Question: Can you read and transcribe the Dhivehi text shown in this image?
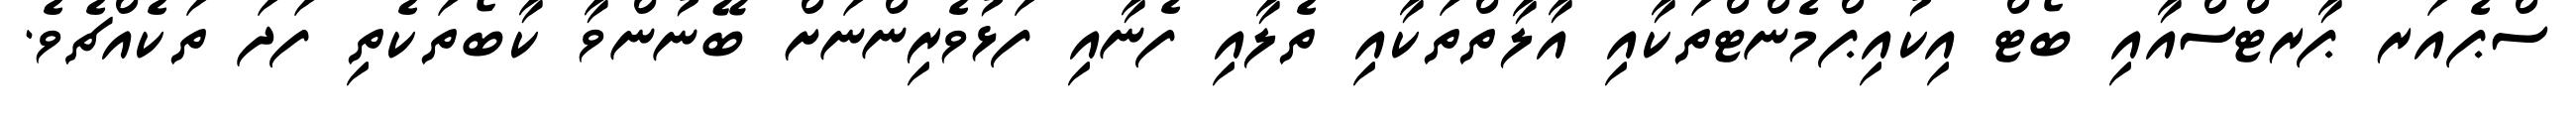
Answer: ސްޕެއަރ ޕާރޓްސްއާއި ބޯޓް އިކުއިޕްމެންޓްތަކާއި އާލާތްތަކާއި ތެލާއި ފެނާއި ފަޅުވެރިންނަށް ބޭނުންވާ ކާބޯތަކެތި ފަދަ ތަކެއްޗެވެ.